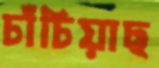
চাঁচিয়াছ